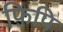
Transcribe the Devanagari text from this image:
फ़िपि